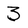
Character: 3